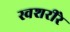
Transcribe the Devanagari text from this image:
स्वशरीरे